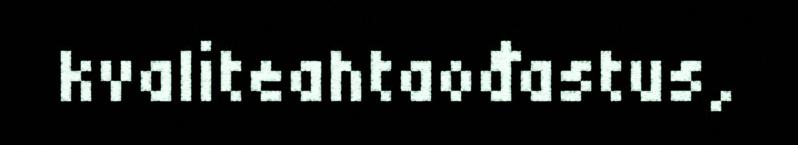
kvaliteahtaođastus,